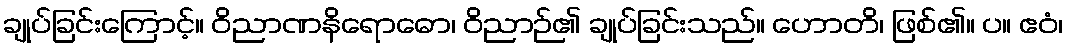
ချုပ်ခြင်းကြောင့်။ ဝိညာဏနိရောဓော၊ ဝိညာဉ်၏ ချုပ်ခြင်းသည်။ ဟောတိ၊ ဖြစ်၏။ ပ။ ဧဝံ၊